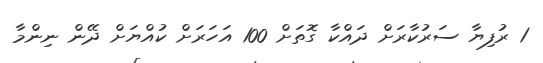
1 ރުފިޔާ ސަރުކާރަށް ދައްކާ ގޮތަށް 100 އަހަރަށް ކުއްޔަށް ދޭން ނިންމާ